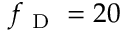
f _ { \mathrm { ~ D ~ } } = 2 0